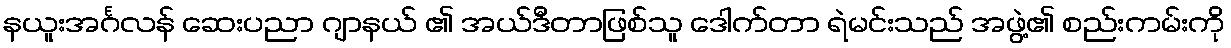
နယူးအင်္ဂလန် ဆေးပညာ ဂျာနယ် ၏ အယ်ဒီတာဖြစ်သူ ဒေါက်တာ ရဲမင်းသည် အဖွဲ့၏ စည်းကမ်းကို